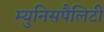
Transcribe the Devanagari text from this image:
म्युनिसपैलिटी